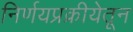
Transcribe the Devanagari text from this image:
निर्णयप्रक्रीयेतून